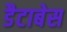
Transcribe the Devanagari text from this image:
डैटाबेस